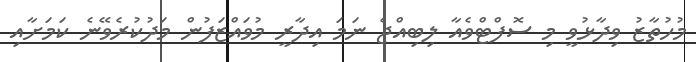
މުހުތާޒު ވިދާޅުވީ މި ސޮފްޓްވެއާ ލިބިއްޖެ ނަމަ އިދާރީ މުވައްޒަފުން މަދުކުރެވޭނެ ކަމަށާއި